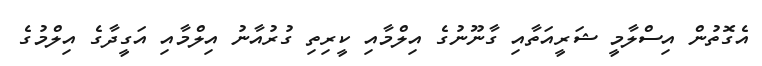
އެގޮތުން އިސްލާމީ ޝަރީއަތާއި ގާނޫނުގެ އިލްމާއި ކީރިތި ގުރުއާނު އިލްމާއި އަގީދާގެ އިލްމުގެ